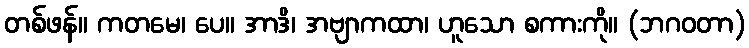
တစ်ဖန်။ ကတမေ၊ ပေ။ အာဒိ၊ အဗျာကထာ၊ ဟူသော စကားကို။ (ဘဂဝတာ)